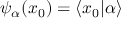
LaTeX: \psi _ { \alpha } ( x _ { 0 } ) = \langle x _ { 0 } | \alpha \rangle